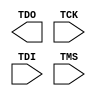
///////////////////////////////////////////////////////////////////////////////
//  Copyright (c) 2013 Xilinx Inc.
//  All Right Reserved.
///////////////////////////////////////////////////////////////////////////////
//
//   ____   ___
//  /   /\/   / 
// /___/  \  /     Vendor      : Xilinx 
// \   \   \/      Version     : 2013.2
//  \   \          Description : Xilinx Unified Simulation Library Component
//  /   /                        
// /___/   /\      Filename    : MASTER_JTAG.v
// \   \  /  \ 
//  \___\/\___\                    
//                                 
///////////////////////////////////////////////////////////////////////////////
//  Revision:
//     06/17/13 - Initial version.
//  End Revision:
///////////////////////////////////////////////////////////////////////////////

`timescale 1 ps / 1 ps 

`celldefine
module MASTER_JTAG 
  `ifdef XIL_TIMING //Simprim adding LOC only 
#(
  parameter LOC = "UNPLACED"  
)
  `endif
(
  output TDO,

  input TCK,
  input TDI,
  input TMS
);
  
endmodule

`endcelldefine